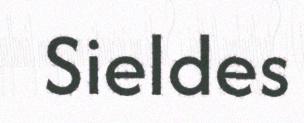
Sieldes